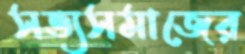
সভ্যসমাজের